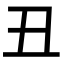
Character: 丑